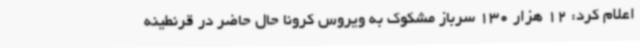
اعلام کرد: 12 هزار 130 سرباز مشکوک به ویروس کرونا حال حاضر در قرنطینه